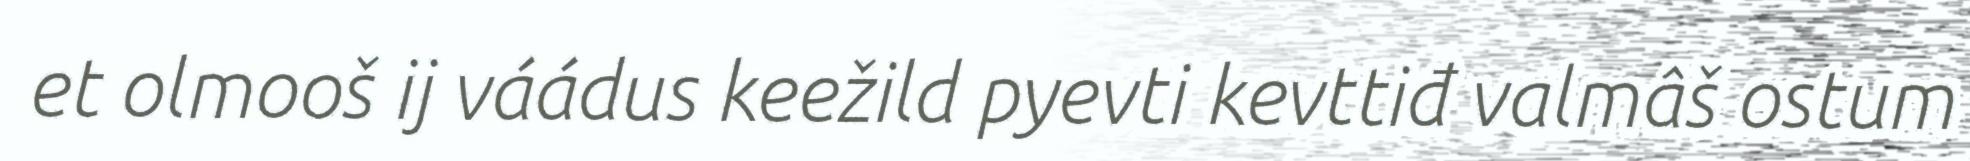
et olmooš ij váádus keežild pyevti kevttiđ valmâš ostum